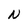
Character: N